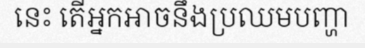
នេះ តើអ្នកអាចនឹងប្រឈមបញ្ហា